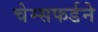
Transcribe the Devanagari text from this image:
चेम्सफर्डने